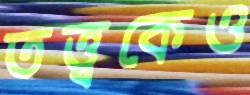
তত্ত্বকেও